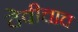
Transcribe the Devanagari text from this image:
देवीचाच